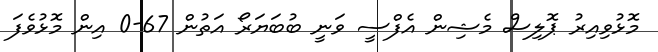
މޮޅުވިއިރު ޕޮލިސް މެޝިން އެފްސީ ވަނީ ބުބަޔަރޯ އަތުން 67-0 އިން މޮޅުވެފަ